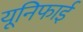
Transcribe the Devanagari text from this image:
यूनिफाई